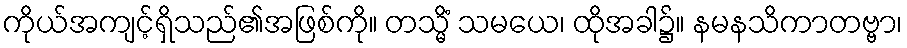
ကိုယ်အကျင့်ရှိသည်၏အဖြစ်ကို။ တသ္မိံ သမယေ၊ ထိုအခါ၌။ နမနသိကာတဗ္ဗာ၊